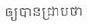
ឲ្យបានជ្រាបថា